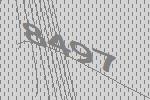
8497